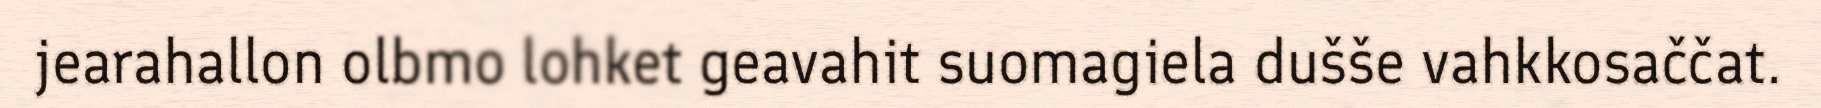
jearahallon olbmo lohket geavahit suomagiela dušše vahkkosaččat.